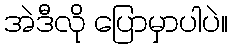
အဲဒီလို ပြောမှာပါပဲ။